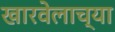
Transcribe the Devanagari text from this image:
खारवेलाच्या